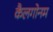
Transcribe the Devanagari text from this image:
कैलगोनम